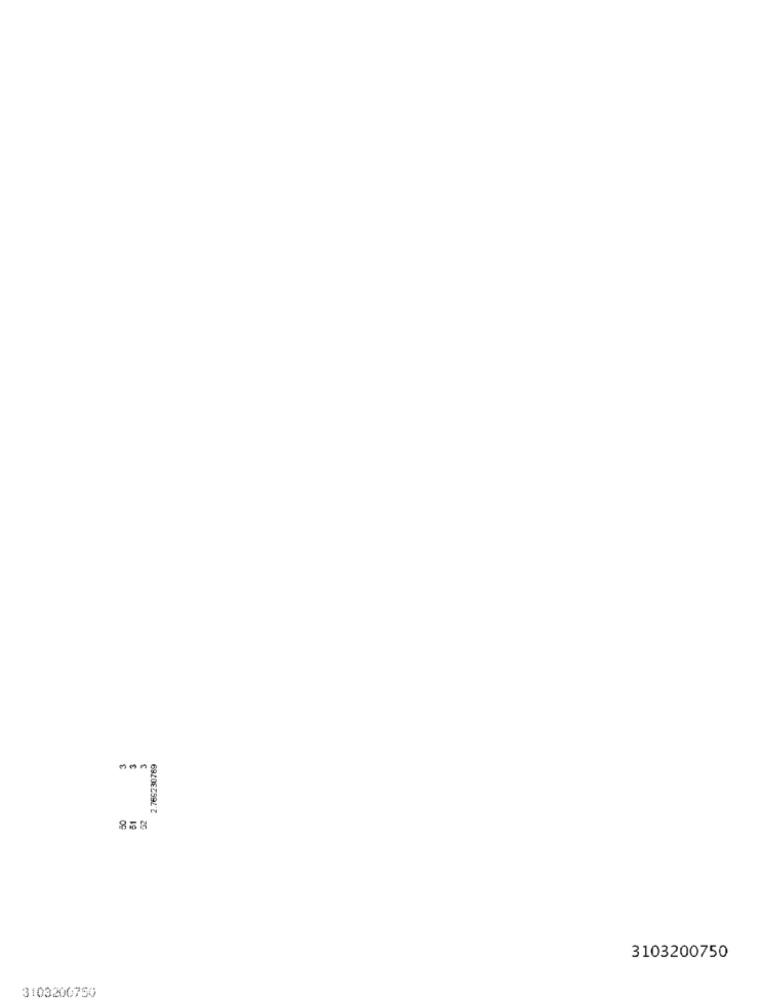
2.769230769
3103200750
3103200750